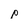
Character: p